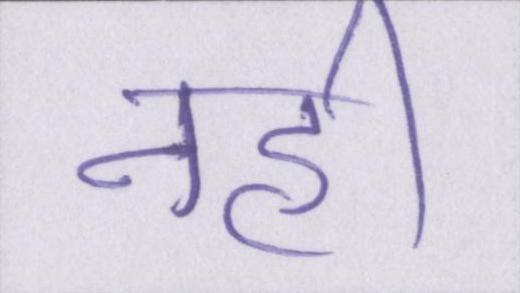
नही